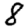
Digit: 8